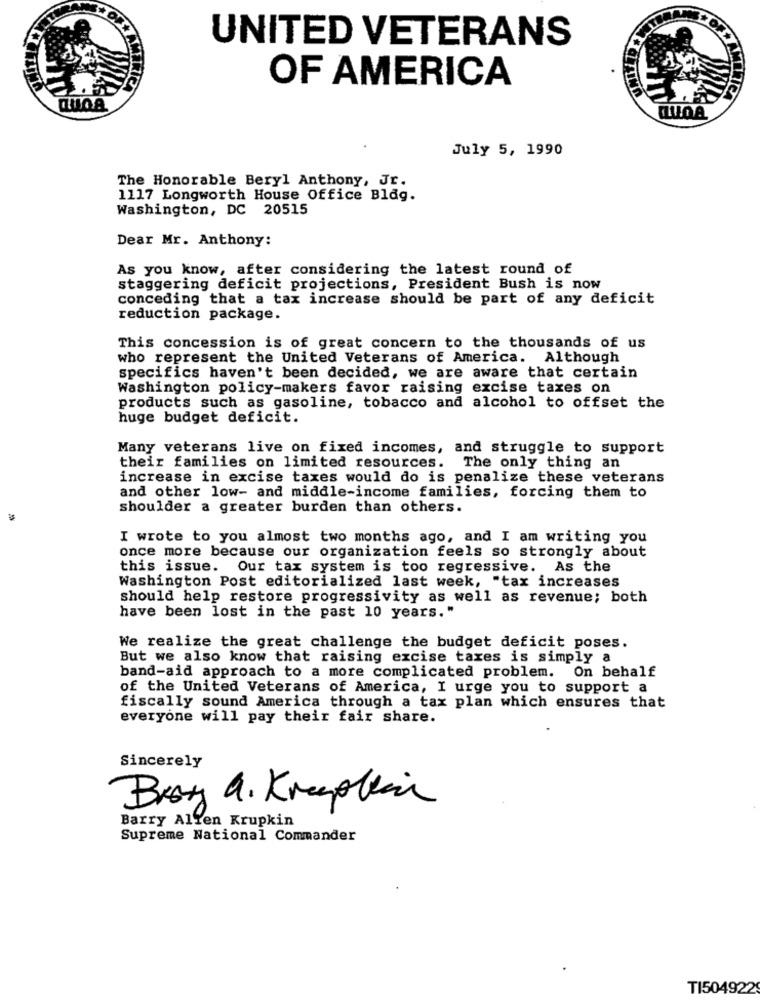
UNITED VETERANS
Lay
OF AMERICA
July 5, 1990
The Honorable Beryl Anthony, Jr.
1117 Longworth House Office Bldg.
Washington, DC 20515
Dear Mr. Anthony:
As you know, after considering the latest round of
staggering deficit projections, President Bush is now
conceding that a tax increase should be part of any deficit
reduction package.
This concession is of great concern to the thousands of us
who represent the United Veterans of America. Although
specifics haven't been decided, we are aware that certain
Washington policy-makers favor raising excise taxes on
products such as gasoline, tobacco and alcohol to offset the
huge budget deficit.
Many veterans live on fixed incomes, and struggle to support
their families on limited resources. The only thing an
increase in excise taxes would do is penalize these veterans
and other low- and middle-income families, forcing them to
shoulder a greater burden than others.
I wrote to you almost two months ago, and I am writing you
once more because our organization feels so strongly about
this issue. Our tax system is too regressive. As the
Washington Post editorialized last week, "tax increases
should help restore progressivity as well as revenue; both
have been lost in the past 10 years."
We realize the great challenge the budget deficit poses.
But we also know that raising excise taxes is simply a
band-aid approach to a more complicated problem. On behalf
of the United Veterans of America, I urge you to support a
fiscally sound America through a tax plan which ensures that
everyone will pay their fair share.
Sincerely
Brot a. Kneeplan
Barry Alfen Krupkin
Supreme National Commander
TI504922